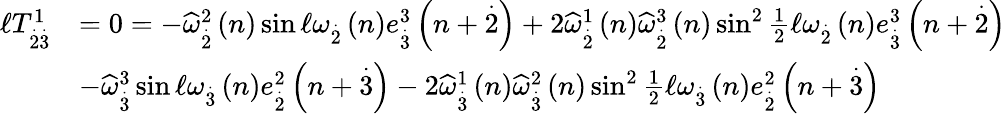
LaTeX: \begin{array}{rl}{\mathcal{\ell}T_{\overset{.}{2}\overset{.}{3}}^{1}}&{=0=-\widehat{\omega}_{\overset{.}{2}}^{2}\left(n\right)\sin\mathcal{\ell}\omega_{\overset{.}{2}}\left(n\right)e_{\overset{.}{3}}^{3}\left(n+\overset{.}{2}\right)+2\widehat{\omega}_{\overset{.}{2}}^{1}\left(n\right)\widehat{\omega}_{\overset{.}{2}}^{3}\left(n\right)\sin^{2}\frac{1}{2}\mathcal{\ell}\omega_{\overset{.}{2}}\left(n\right)e_{\overset{.}{3}}^{3}\left(n+\overset{.}{2}\right)}\\ &{-\widehat{\omega}_{\overset{.}{3}}^{3}\sin\mathcal{\ell}\omega_{\overset{.}{3}}\left(n\right)e_{\overset{.}{2}}^{2}\left(n+\overset{.}{3}\right)-2\widehat{\omega}_{\overset{.}{3}}^{1}\left(n\right)\widehat{\omega}_{\overset{.}{3}}^{2}\left(n\right)\sin^{2}\frac{1}{2}\mathcal{\ell}\omega_{\overset{.}{3}}\left(n\right)e_{\overset{.}{2}}^{2}\left(n+\overset{.}{3}\right)}\end{array}